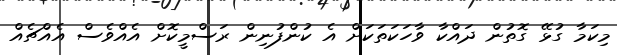
މިކަމާ ގުޅޭ ގޮތުން ދައްކާ ވާހަކަތަކަށް އެ ކުންފުނިން ރަސްމީކޮށް އެއްވެސް އެއްޗެއް